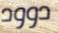
دوود